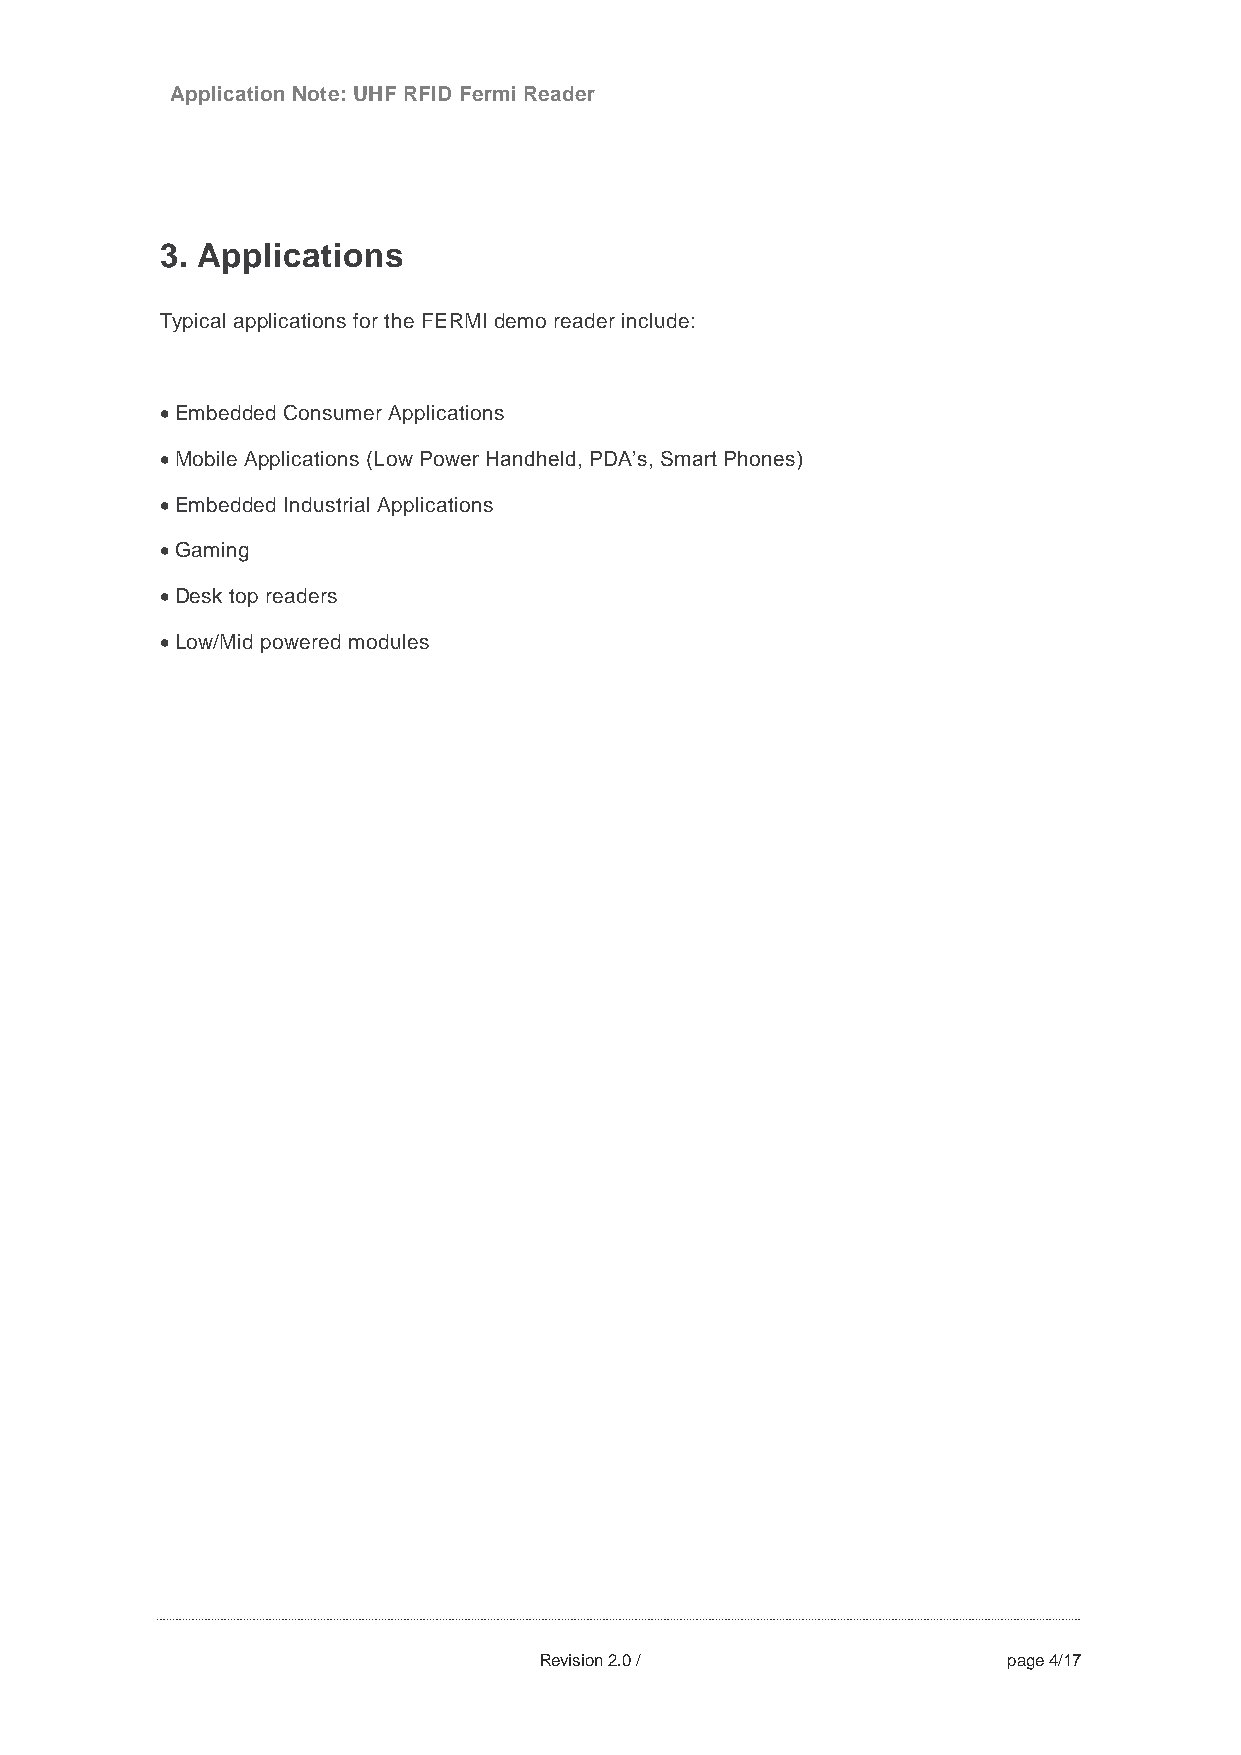
Application Note: UHF RFID Fermi Reader
 3. Applications
 Typical applications for the FERMI demo reader include:
 
 Embedded Consumer Applications
 Mobile Applications (Low Power Handheld, PDA’s, Smart Phones)
 Embedded Industrial Applications
 Gaming
 Desk top readers
 Low/Mid powered modules
 Revision 2.0 /                 page 4/17